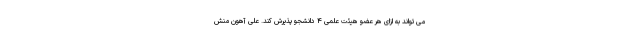
می تواند به ازای هر عضو هیئت علمی ۴ دانشجو پذیرش کند. علی آهون منش